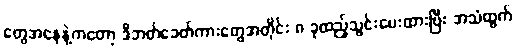
တွေအနေနဲ့ကတော့ ဒီဘတ်ခေတ်ကားတွေအတိုင်း ၈ ခုထည့်သွင်းပေးထားပြီး အသံထွက်